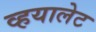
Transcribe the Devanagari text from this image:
व्हयालेट